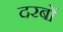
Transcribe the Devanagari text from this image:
दरबों